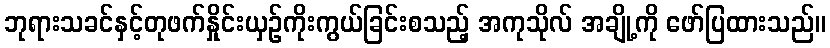
ဘုရားသခင်နှင့်တုဖက်နှိုင်းယှဉ်ကိုးကွယ်ခြင်းစသည့် အကုသိုလ် အချို့ကို ဖော်ပြထားသည်။